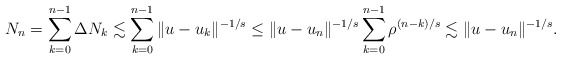
\begin{align*}N_n=\sum_{k=0}^{n-1}\Delta N_k \lesssim \sum_{k=0}^{n-1}\|u-u_k\|^{-1/s}\le \|u-u_n\|^{-1/s} \sum_{k=0}^{n-1} \rho^{(n-k)/s}\lesssim \|u-u_n\|^{-1/s}.\end{align*}